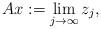
LaTeX: \begin{align*}Ax := \lim_{j \to \infty} z_j,\end{align*}